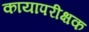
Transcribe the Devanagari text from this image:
कायापरीक्षक